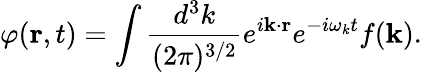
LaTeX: \varphi({\mathbf r},t)=\int\frac{d^{3}k}{(2\pi)^{3/2}}e^{i{\mathbf k}\cdot{\mathbf r}}e^{-i\omega_{k}t}f({\mathbf k}).